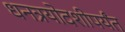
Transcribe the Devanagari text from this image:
धनत्रयोदशीपर्यंत